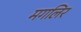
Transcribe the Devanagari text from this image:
मगलिर